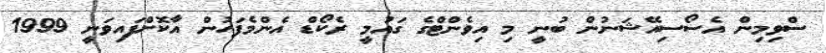
ސްވިމިން އެސޯސިއޭޝަނުން ބުނީ މި އިވެންޓްގެ ގައުމީ ރެކޯޑް އެންމެފަހުން އާކޮށްފައިވަނީ 1999